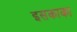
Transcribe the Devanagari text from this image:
इसकाका